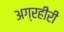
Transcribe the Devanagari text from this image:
अग्रहीरी